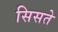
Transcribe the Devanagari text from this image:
सिसते